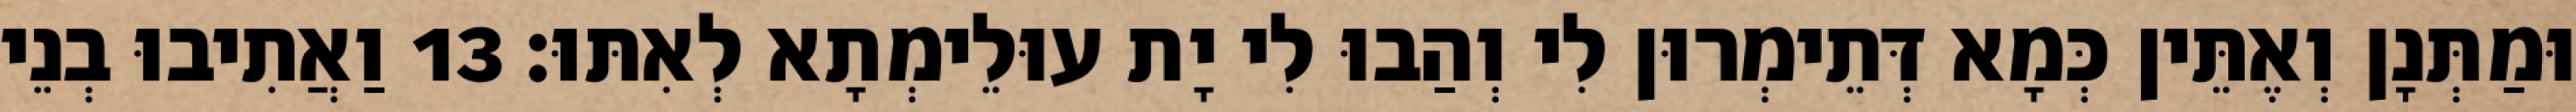
וּמַתְּנָן וְאֶתֵּין כְּמָא דְּתֵימְרוּן לִי וְהַבוּ לִי יָת עוּלֵימְתָא לְאִתּוּ׃ 13 וַאֲתִיבוּ בְנֵי